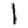
Digit: 1